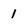
Character: 1